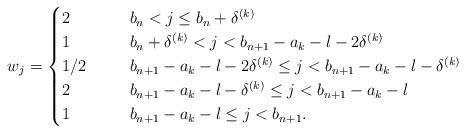
LaTeX: \begin{align*}w_j=\begin{cases} 2 & \quad\ \ b_n< j\le b_n+\delta^{(k)}\\ 1 & \quad\ \ b_n+\delta^{(k)}<j<b_{n+1}-a_k-l-2\delta^{(k)}\\ 1/2 & \quad\ \ b_{n+1}-a_k-l-2\delta^{(k)}\le j <b_{n+1}-a_k-l-\delta^{(k)}\\ 2 & \quad\ \ b_{n+1}-a_k-l-\delta^{(k)}\le j<b_{n+1}-a_k-l\\ 1& \quad\ \ b_{n+1}-a_k-l\le j<b_{n+1}.\end{cases}\end{align*}